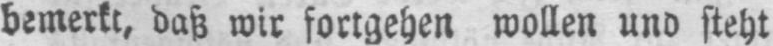
bemerkt, daß wir fortgehen wollen und steht